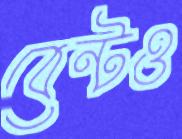
বেন্টও